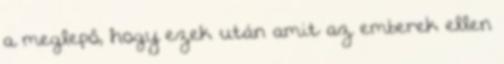
a meglepő, hogy ezek után amit az emberek ellen